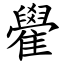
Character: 雤